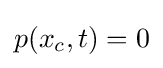
p(x_{c},t)=0